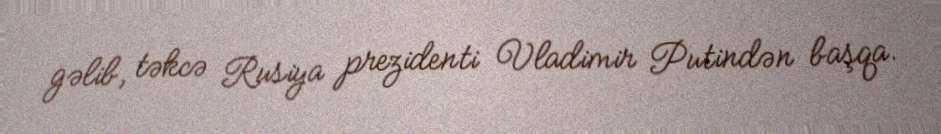
gəlib, təkcə Rusiya prezidenti Vladimir Putindən başqa.